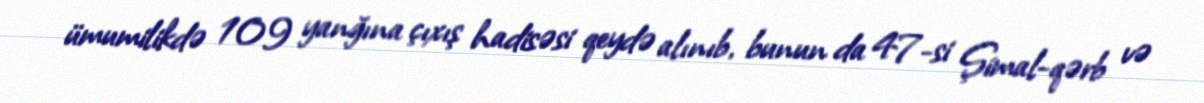
ümumilikdə 109 yanğına çıxış hadisəsi qeydə alınıb, bunun da 47-si Şimal-qərb və